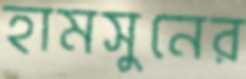
হামসুনের